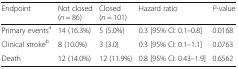
<table><thead><tr><td><b>Endpoint</b></td><td><b>Not closed (<i>n</i> = 86)</b></td><td><b>Closed (<i>n</i> = 101)</b></td><td><b>Hazard ratio</b></td><td><b><i>P</i>-value</b></td></tr></thead><tbody><tr><td>Primary events<sup>a</sup></td><td>14 (16.3%)</td><td>5 (5.0%)</td><td>0.3 [95% CI: 0.1–0.8]</td><td>0.0168</td></tr><tr><td>Clinical stroke<sup>b</sup></td><td>8 (10.0%)</td><td>3 (3.0)</td><td>0.3 [95% CI: 0.1–1.1]</td><td>0.0763</td></tr><tr><td>Death</td><td>12 (14.0%)</td><td>12 (11.9%)</td><td>0.8 [95% CI: 0.<strike>4</strike>3–1.9]</td><td>0.6562</td></tr></tbody></table>